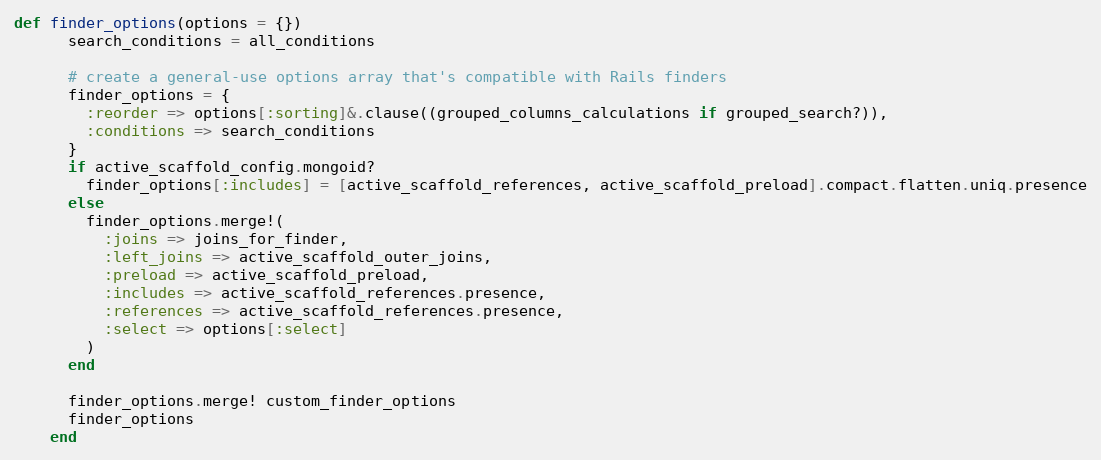
Language: Ruby
def finder_options(options = {})
      search_conditions = all_conditions

      # create a general-use options array that's compatible with Rails finders
      finder_options = {
        :reorder => options[:sorting]&.clause((grouped_columns_calculations if grouped_search?)),
        :conditions => search_conditions
      }
      if active_scaffold_config.mongoid?
        finder_options[:includes] = [active_scaffold_references, active_scaffold_preload].compact.flatten.uniq.presence
      else
        finder_options.merge!(
          :joins => joins_for_finder,
          :left_joins => active_scaffold_outer_joins,
          :preload => active_scaffold_preload,
          :includes => active_scaffold_references.presence,
          :references => active_scaffold_references.presence,
          :select => options[:select]
        )
      end

      finder_options.merge! custom_finder_options
      finder_options
    end